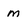
Character: m